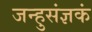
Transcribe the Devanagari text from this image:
जन्हुसंज्ञकं